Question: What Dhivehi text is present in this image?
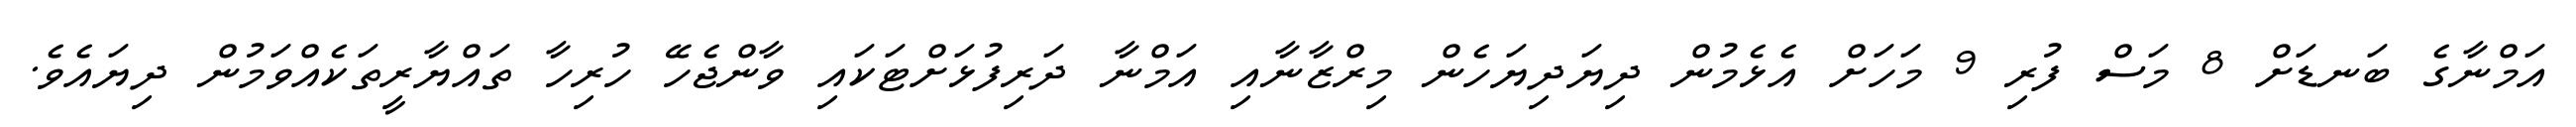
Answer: އަމްނާގެ ބަނޑަށް 8 މަސް ފުރި 9 މަހަށް އެޅެމުން ދިޔަދިޔަހެން މިރްޒާނާއި އަމްނާ ދަރިފުޅަށްޓަކައި ވާންޖެހޭ ހުރިހާ ތައްޔާރީތަކެއްވަމުން ދިޔައެވެ.